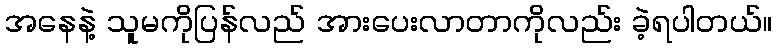
အနေနဲ့ သူမကိုပြန်လည် အားပေးလာတာကိုလည်း ခဲ့ရပါတယ်။